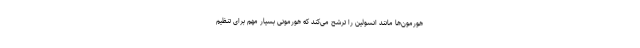
هورمون‌ها مانند انسولین را ترشح می‌کند که هورمونی بسیار مهم برای تنظیم